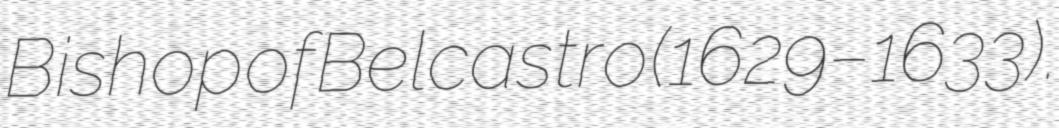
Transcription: Bishop of Belcastro (1629–1633).